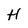
Character: H